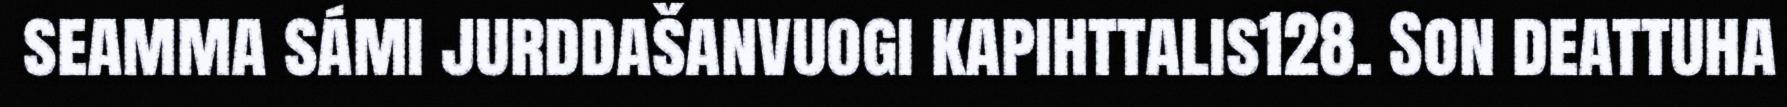
seamma sámi jurddašanvuogi kapihttalis128. Son deattuha